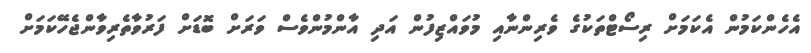
އެހެންކަމުން އެކަމަށް ރިސޯޓްތަކުގެ ވެރިންނާއި މުވައްޒިފުން އަދި އާންމުންވެސް ވަރަށް ބޮޑަށް ފަރުވާތެރިވާންޖެހޭކަމަށް